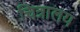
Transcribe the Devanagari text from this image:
चित्रालय